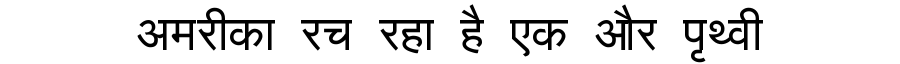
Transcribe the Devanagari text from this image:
अमरीका रच रहा है एक और पृथ्वी